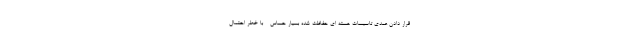
قرار دادن عمدی تاسیسات هسته ای حفاظت شده بسیار حساس - با خطر احتمال